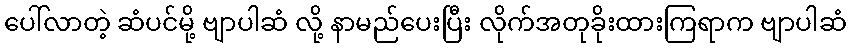
ပေါ်လာတဲ့ ဆံပင်မို့ ဗျာပါဆံ လို့ နာမည်ပေးပြီး လိုက်အတုခိုးထားကြရာက ဗျာပါဆံ